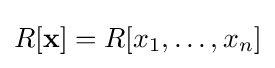
R[\mathbf {x} ]=R[x_{1},\ldots ,x_{n}]